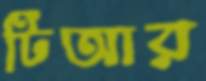
টিআর